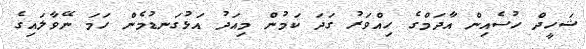
ޝަހީދް ހުސެއިން އާދަމްގެ ހިއްވަރު ގަދަ ކަމުން މިއަދު އަޅުގަނޑުމެން ހަމަ ނޭވާލައިގެ